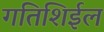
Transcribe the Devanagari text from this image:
गतिशिईल